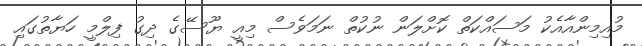
މުއިމިންއާއެކު މަސައްކަތް ކޮށްލަން ނުކުތް ނަމަވެސް މިއީ ޔޫސޭގެ ދިގު ފިލްމީ ހަޔާތުގައި